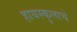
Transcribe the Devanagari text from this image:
हायस्कुलाचे